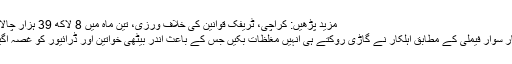
مزید پڑھیں: کراچی، ٹریفک قوانین کی خلاف ورزی، تین ماہ میں 8 لاکھ 39 ہزار چالان
کار سوار فیملی کے مطابق اہلکار نے گاڑی روکتے ہی انہیں مغلظات بکیں جس کے باعث اندر بیٹھی خواتین اور ڈرائیور کو غصہ آگیا۔